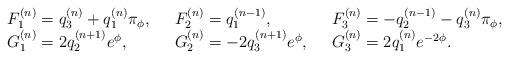
LaTeX: \begin{align*}\left. \begin{array}{lll}F^{(n)}_{1}=q^{(n)}_{3} + q^{(n)}_{1} \pi_{\phi} ,\,\,\,\,&F^{(n)}_{2}=q^{(n-1)}_{1} ,\,\,\,\,&F^{(n)}_{3}=-q^{(n-1)}_{2} - q^{(n)}_{3} \pi_{\phi} ,\\G^{(n)}_{1}=2q^{(n+1)}_{2} e^{\phi} ,\,\,\,\,&G^{(n)}_{2}=-2q^{(n+1)}_{3} e^{\phi} ,\,\,\,\,&G^{(n)}_{3}=2q^{(n)}_{1} e^{-2\phi}.\end{array}\right.\end{align*}